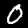
Label: 0